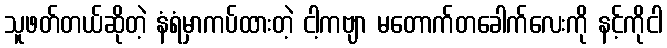
သူဖတ်တယ်ဆိုတဲ့ နံရံမှာကပ်ထားတဲ့ ငါ့ကဗျာ မတောက်တခေါက်လေးကို နင့်ကိုငါ